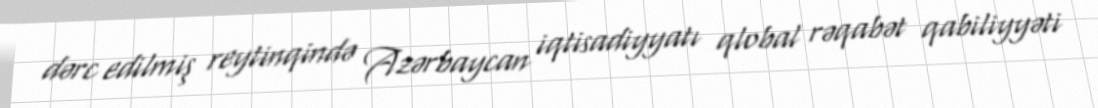
dərc edilmiş reytinqində Azərbaycan iqtisadiyyatı qlobal rəqabət qabiliyyəti